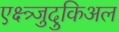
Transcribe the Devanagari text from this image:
एक्ष्त्र्जुदुकिअल